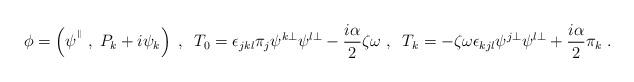
LaTeX: \begin{align*}{\phi} = \left(\psi^{{}^\parallel}\;,\;P_k+i\psi_k\right)\;,\;\;T_0 = \epsilon_{jkl}\pi_j\psi^{k\perp}\psi^{l\perp}-\frac{i\alpha}{2}\zeta\omega\;,\;\;T_k = -\zeta\omega\epsilon_{kjl}\psi^{j \perp}\psi^{l \perp}+\frac{i\alpha}{2}\pi_k\;.\end{align*}